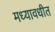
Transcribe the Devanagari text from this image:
मध्यावधीत